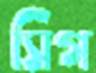
সিগ